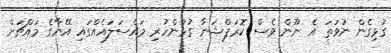
ގުޅިގެން ނުވަތަ އެ ނޫން ވެސް ކޮރަޕްޝަނާ ގުޅުންހުރި މައްސަލައެއްގައި އޭނާގެ މައްޗަށް